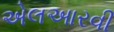
એલઆરવી